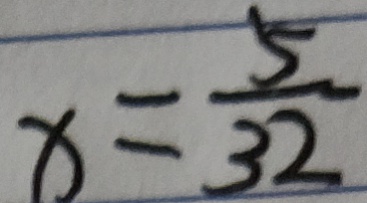
x = \frac { 5 } { 3 2 }